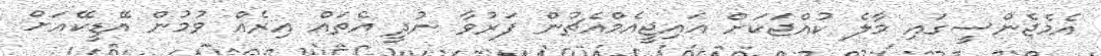
އެމެޖެންސީގައި މާލެ ކުއްޖަކަށް އައިޖީއެމްއެޗުން ފަރުވާ ނުދީ އެތައް އިރެއް ވުމުން އޭޑީކޭއަށް